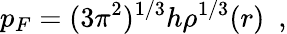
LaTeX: p_{F}=(3{\pi}^{2})^{1/3}h{\rho}^{1/3}(r)\ \ ,